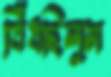
বিঁধছিলুম